Report on lock hospitals in British Burma
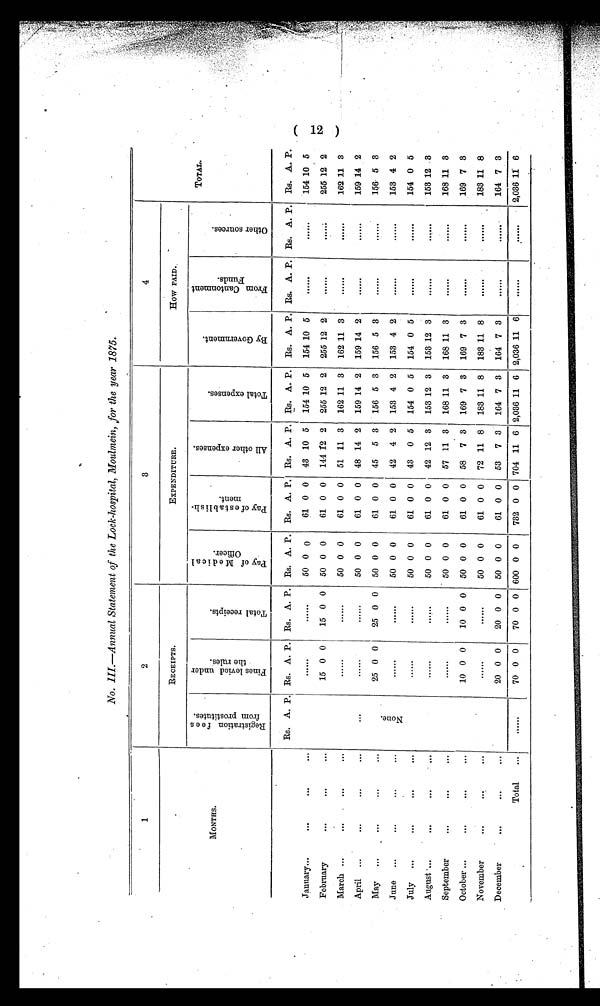
No.III–—Annual Statement of the Lock-hospital, Moulmein, for the year 1875.
1
2
3
4
MONTHS.
RECEIPTS.
EXPENDITURE.
HOW PAID.
R e g i s t r a t i o n f e e s
f r o m p r o s t i t u t e s .
F i n e s l e v i e d u n d e r
t h e r u l e s .
T o t a l r e c e i p t s .
P a y o f M e d i c a l
O f f i c e r .
P a y o f e s t a b l i s h -
m e n t .
A l l o t h e r e x p e n s e s .
T o t a l e x p e n s e s .
B y G o v e n r n e n . t
F r o m C a n t n m e n t
F u n d s .
O t h e r s o u r c e s .
TOTAL.
Rs. A. P. Rs. A. P. Rs. A. P. Rs. A. P. Rs. A. P. Rs. A. P. Rs. A. P.
Rs. A. P. Rs. A. P. Rs. A. P. Rs. A. P.
January...
. . .
...
. . .
......
......
50 0 0
61 0 0
43 10 5
154 10 5
154 10 5
. . . . . .
. . . . . . 154 10 5
February
. . .
...
. . .
15 0 0
15 0 0
50 0 0
61 0 0
144 12 2 255 12 2 255 12 2
. . . . . .
. . . . . .
255 12 2
March ...
...
...
. . .
......
......
50 0 0
61 0 0
51 11 3
162 11 3
162 11 3
. . . . . .
. . . . .
162 11 3
April
...
. . .
...
. . .
. . .
......
......
50 0 0
61 0 0
48 14 2
159 14 2
159 14 2
. . . . . .
. . . . .
159 14 2
May
...
...
...
. . .
N o n e
25 0 0
25 0 0
50 0 0
61 0 0
45
5 3
156 5 3
156 5 3
. . . . . .
. . . . . .
156.5 3
June
...
. . .
...
...
......
......
50 0 0
61 0 0
42
4 2
153 4 2
153 4 2
. . . . . .
. . . . . .
153 4 2
July
...
. . .
...
. . .
......
......
50 0 0
61 0 0
43
0 5
154 0 5
154 0 5
. . . . . .
. . . . . .
154 0 5
August ...
. . .
...
. . . .
......
......
50 0 0
61 0 0
42 12 3
153 12 3
153 12 3
. . . . . .
. . . . . .
153 12 3
September
...
...
...
......
......
50 0 0
61 0 0
57 11 3
168 11 3
168 11 3
. . . . . .
. . . . . .
168 11 3
October ...
. . .
...
. . .
10 0 0
10 0 0
50 0 0
61 0 0
58
7 3
169 7 3
169 7 3
. . . . . .
. . . . . .
169 7 3
November
. . .
...
. . .
......
......
50 0 0
61 0 0
72 11 8
183 11 8
183 11 8
. . . . . .
. . . . . .
183 11 8
December
. . .
...
. . .
20 0 0
20 0 0
50 0 0
61 0 0
53
7 3
164 7 3
164 7 3
. . . . . .
. . . . . .
164 7 3
Total
. . .
. . . . . .
70 0 0
70 0 0 600 0 0
732 0 0 704 11 6 2,036 11 6 2,036 11 6
. . . . . .
. . . . . .2,036 11 6
(12)